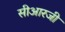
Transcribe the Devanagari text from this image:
सीआरजी